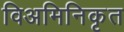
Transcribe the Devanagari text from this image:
विअमिनिकृत